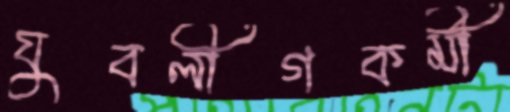
যুবলীগকর্মী